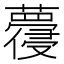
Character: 蘉